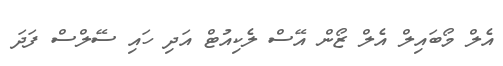
އެލް މޯބައިލް އެލް ޒޯން އޭސް ލެކިއުޓް އަދި ހައި ސޭލްސް ފަދަ